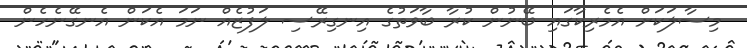
މިސާލަކަށް އެމެރިކާގައި ބޭނުން ކުރާ ބާވަތުގެ އިނގިރޭސި ލަފުޒެއް ނަމަ އެކަން އެނގޭނެހެން